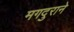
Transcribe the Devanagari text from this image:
मगदुराने